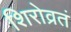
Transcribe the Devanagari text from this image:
शिरोव्रतं